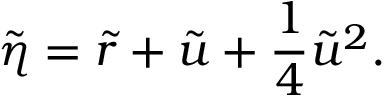
\tilde { \eta } = \tilde { r } + \tilde { u } + \frac { 1 } { 4 } \tilde { u } ^ { 2 } .